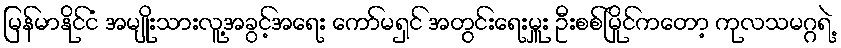
မြန်မာနိုင်ငံ အမျိုးသားလူ့အခွင့်အရေး ကော်မရှင် အတွင်းရေးမှူး ဦးစစ်မြိုင်ကတော့ ကုလသမဂ္ဂရဲ့